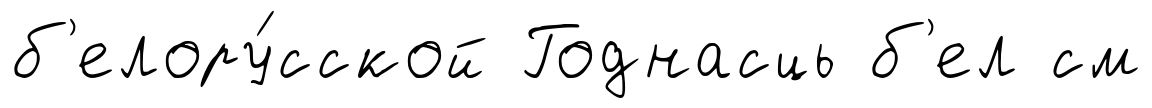
б'елору́сской Годнасць б'ел см